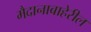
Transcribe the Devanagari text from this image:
मैदानाबाहेरील